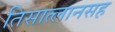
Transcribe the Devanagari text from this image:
तिसात्लानसह